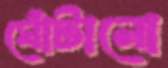
ঘোঁটানো